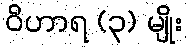
ဝိဟာရ (၃) မျိုး